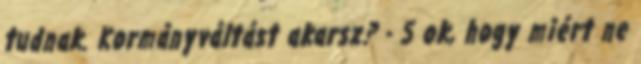
tudnak. Kormányváltást akarsz? - 5 ok, hogy miért ne